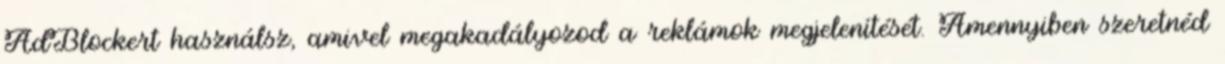
AdBlockert használsz, amivel megakadályozod a reklámok megjelenítését. Amennyiben szeretnéd